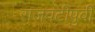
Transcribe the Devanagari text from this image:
राजवटीपुर्वी